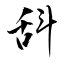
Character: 𣁳